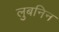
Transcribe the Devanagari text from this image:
लुबनिन